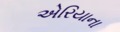
એરિયાના